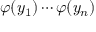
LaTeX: \varphi ( y _ { 1 } ) \cdots \varphi ( y _ { n } )